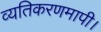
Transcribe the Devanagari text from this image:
व्यतिकरणमापी।